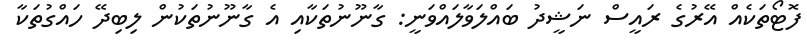
ފޮޓޯތަކެއް އޭރުގެ ރައީސް ނަޝީދު ބައްލަވާލައްވަނީ: ގާނޫނުތަކާއި އެ ގާނޫނުތަކުން ލިބިދޭ ހައްގުތަކާ